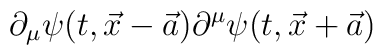
\partial_{\mu}\psi(t,\vec{x}-\vec{a}) \partial^{\mu}\psi(t,\vec{x}+\vec{a})